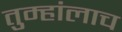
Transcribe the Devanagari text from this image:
तुम्हांलाच